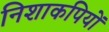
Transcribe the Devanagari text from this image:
निशाकपियों